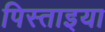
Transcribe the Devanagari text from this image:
पिस्ताइया